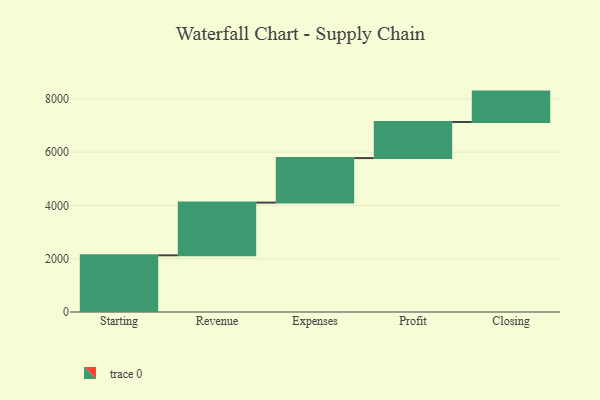
{"axis": {"x": "Step", "y": "Value"}, "legend": [""], "data": [{"x": "Starting", "y": 2129.0, "type": ""}, {"x": "Revenue", "y": 1978.0, "type": ""}, {"x": "Expenses", "y": 1671.0, "type": ""}, {"x": "Profit", "y": 1354.0, "type": ""}, {"x": "Closing", "y": 1142.0, "type": ""}]}